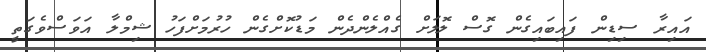
އައިރާ ސިޑިން ފައިބައިގެން ގޮސް ލޮލަށް ގެއްލެންދެން މަޑުކޮށްގެން ހުރުމަށްފަހު ޝިމްލާ އަވަސްވެގަތީ